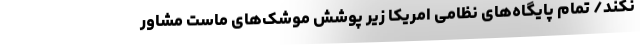
نکند/ تمام پایگاه‌های نظامی‌ امریکا زیر پوشش موشک‌های ماست مشاور